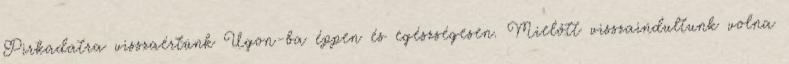
Pirkadatra visszaértünk Ugon-ba éppen és egészségesen. Mielőtt visszaindultunk volna